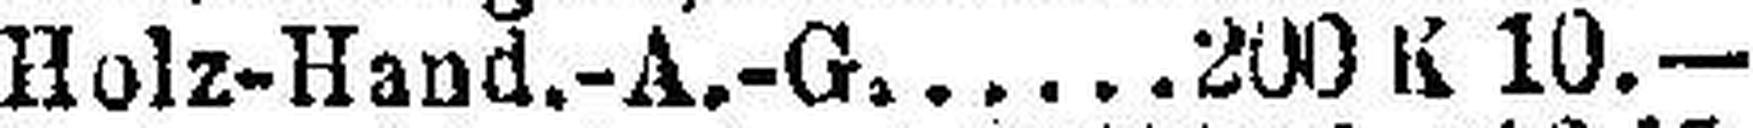
Holz-Hand,-A.-G. 200 K 10.—